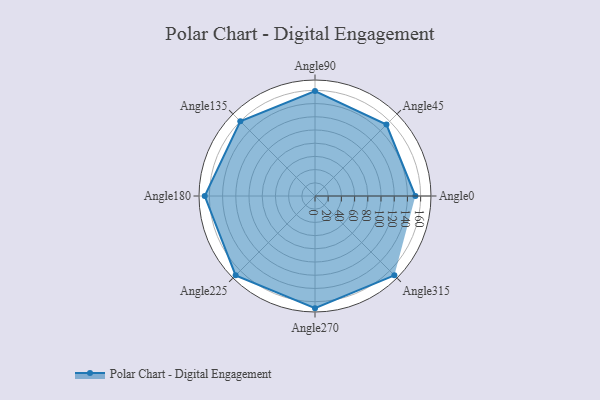
{"axis": {"x": "Angle", "y": "Radius"}, "legend": [""], "data": [{"x": "Angle0", "y": 152.0, "type": ""}, {"x": "Angle45", "y": 153.0, "type": ""}, {"x": "Angle90", "y": 159.0, "type": ""}, {"x": "Angle135", "y": 160.0, "type": ""}, {"x": "Angle180", "y": 167.0, "type": ""}, {"x": "Angle225", "y": 170, "type": ""}, {"x": "Angle270", "y": 170, "type": ""}, {"x": "Angle315", "y": 170, "type": ""}]}